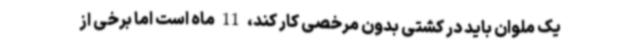
یک ملوان باید در کشتی بدون مرخصی کار کند، 11 ماه است اما برخی از